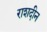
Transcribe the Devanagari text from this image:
राशदीन